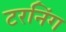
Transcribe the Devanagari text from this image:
टरनिंग